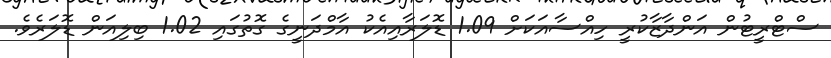
ސްޓްރީޓުން އަންދާޒާކުރީ ހިއްސާއަކަށް 1.09 ޑޮލަރާއިއެކު އާމްދަނީގެ ގޮތުގައި 1.02 ބިލިއަން ޑޮލަރެވެ.